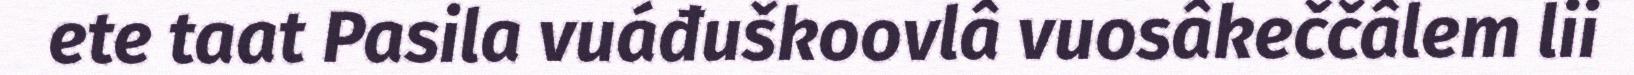
ete taat Pasila vuáđuškoovlâ vuosâkeččâlem lii